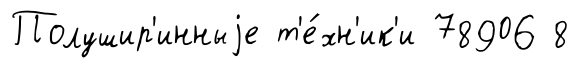
Полушир'инныjе т'е́хн'ик'и 78906 8